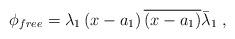
LaTeX: \begin{align*}\phi_{free}=\lambda_{1}\left( x-a_{1}\right) \overline{\left(x-a_{1}\right) }\bar{\lambda}_{1}\;,\end{align*}